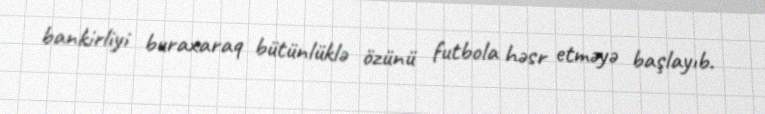
bankirliyi buraxaraq bütünlüklə özünü futbola həsr etməyə başlayıb.